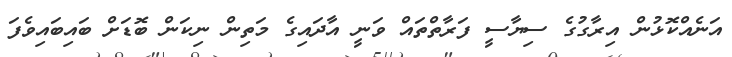
އަނެއްކޮޅުން އިރާގުގެ ސިޔާސީ ފަރާތްތައް ވަނީ އާދައިގެ މަތިން ނިކަން ބޮޑަށް ބައިބައިވެފަ